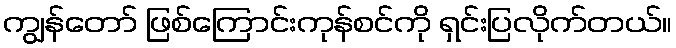
ကျွန်တော် ဖြစ်ကြောင်းကုန်စင်ကို ရှင်းပြလိုက်တယ်။